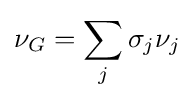
\nu _{G}=\sum _{j}\sigma _{j}\nu _{j}